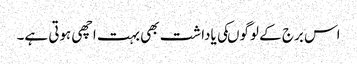
اس برج کے لوگوںکی یاداشت بھی بہت اچھی ہوتی ہے۔